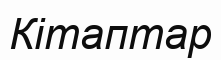
Кітаптар